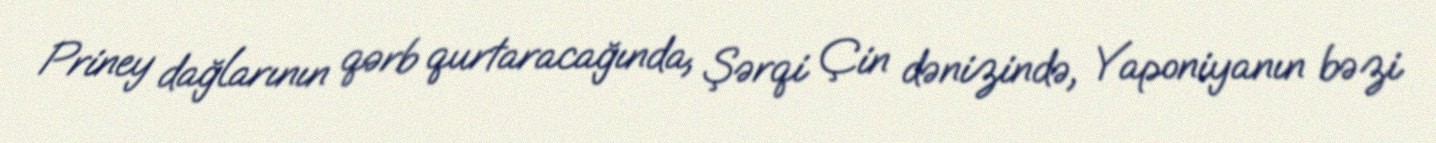
Priney dağlarının qərb qurtaracağında, Şərqi Çin dənizində, Yaponiyanın bəzi